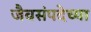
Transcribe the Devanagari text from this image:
जैवसंपदेच्या